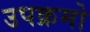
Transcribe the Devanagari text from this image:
उपक्रमो